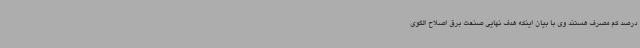
درصد کم مصرف هستند وی با بیان اینکه هدف نهایی صنعت برق اصلاح الگوی